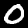
Label: 0